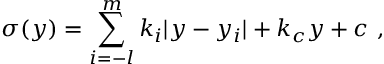
\sigma ( y ) = \sum _ { i = - l } ^ { m } k _ { i } | y - y _ { i } | + k _ { c } y + c ~ , ~ \,